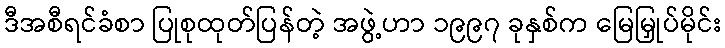
ဒီအစီရင်ခံစာ ပြုစုထုတ်ပြန်တဲ့ အဖွဲ့ဟာ ၁၉၉၇ ခုနှစ်က မြေမြှုပ်မိုင်း